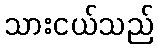
သားငယ်သည်